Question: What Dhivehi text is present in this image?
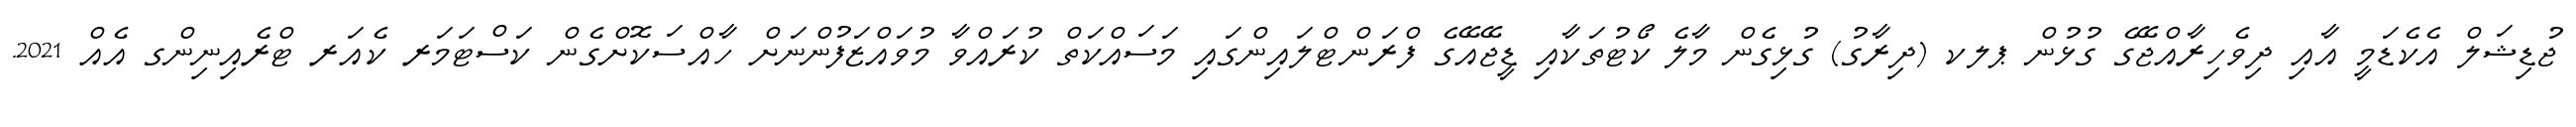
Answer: ޖުޑިޝަލް އެކެޑަމީ އާއި ދިވެހިރާއްޖޭގެ ގުޅުން ޕލކ (ދިރާގު) ގުޅިގެން މާލެ ކޯޓުތަކާއި ޑީޖޭއޭގެ ފްރަންޓްލައިންގައި މަސައްކަތް ކުރައްވާ މުވައްޒަފުންނަށް ހާއްސަކޮށްގެން ކަސްޓަމަރ ކެއަރ ޓްރެއިނިންގ އެއް 2021.